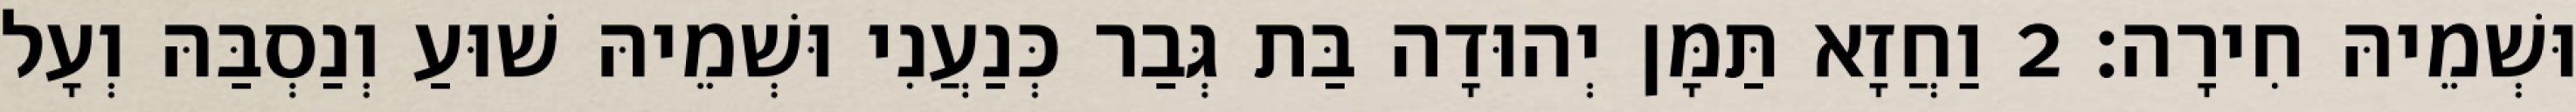
וּשְׁמֵיהּ חִירָה׃ 2 וַחֲזָא תַּמָּן יְהוּדָה בַּת גְּבַר כְּנַעֲנִי וּשְׁמֵיהּ שׁוּעַ וְנַסְבַּהּ וְעָל